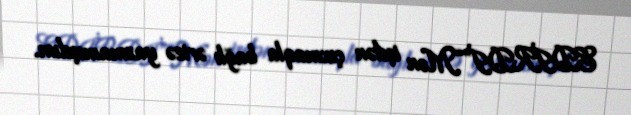
EDİRDİ”“Mən işdən çıxmaqla bağlı ərizə yazmamışdım.